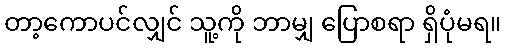
တာ့ကောပင်လျှင် သူ့ကို ဘာမျှ ပြောစရာ ရှိပုံမရ။